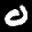
Label: 0